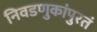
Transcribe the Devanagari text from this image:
निवडणुकांपुरतं